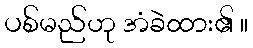
ပစ်မည်ဟု အံခဲထား၏ ။